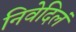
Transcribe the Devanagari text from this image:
निवेदिलं